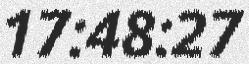
17:48:27